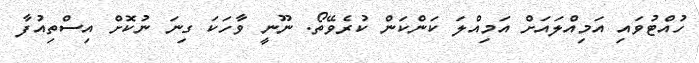
ހުއްޓުވައި އަމިއްލައަށް އަމިއްލަ ކަންކަން ކުރެވޭތޯ. ނޫނީ ވާހަކަ ގިނަ ނުކޮށް އިސްތިއުފާ